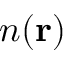
n ( \mathbf { r } )